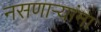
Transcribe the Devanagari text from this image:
नसणाऱ्यांना